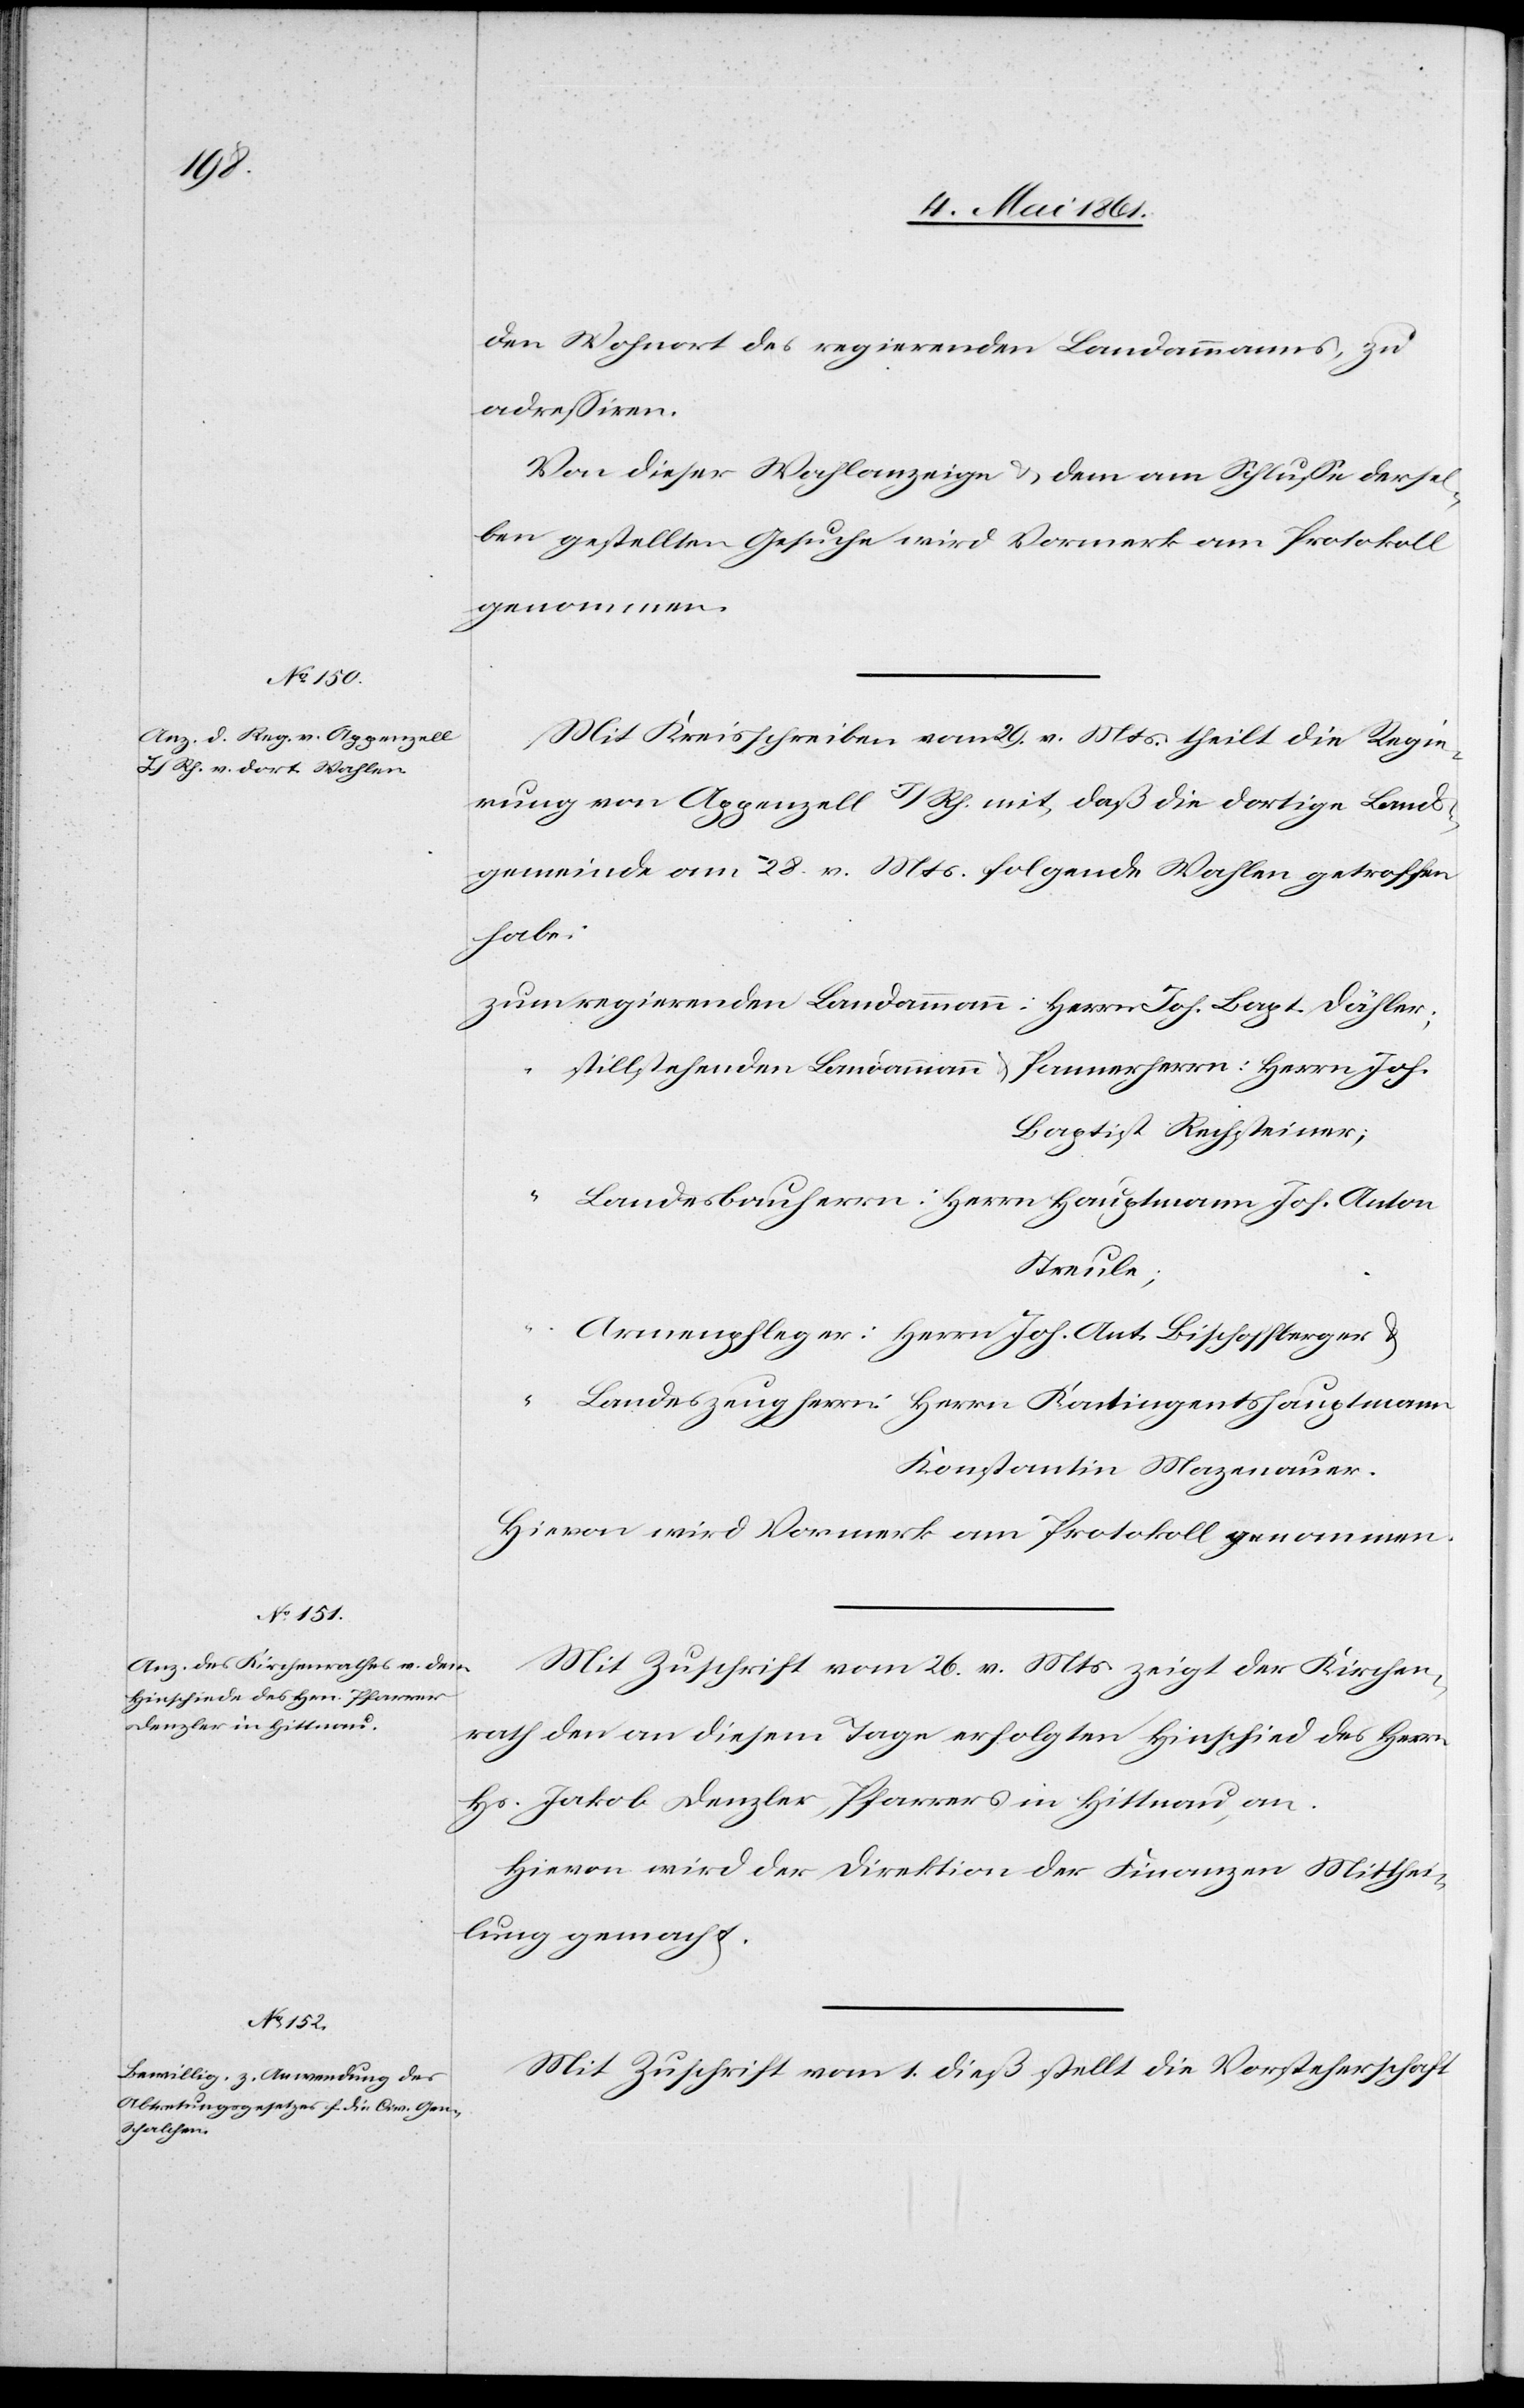
Regie¬

den Wohnort des regierenden Landammanns, zu
adressieren.
Von dieser Wahlanzeige u. der am Schlusse dersel¬
ben gestellten Gesuche wird Vormerk am Protokoll
genommen.
rung von Appenzell I/RH. mit, daß die dortige Lands¬
gemeinde am 28. v. Mts. folgende Wahlen getroffen
habe:
regierenden Landammann: Herrn Joh. Bapt. Dähler;
stillstehenden Landammann u. Pannerherrn: Herrn Joh.
Baptist Rechsteiner;
“
Landesbauherrn: Herrn Hauptmann Jos. Anton
Streule;
29.
Armenpfleger: Herrn Joh. Ant. Bischoffberger u.
Landeszeugherrn: Herrn Kontingentshauptmann
Konstantin Mazenauer.
Hievon wird Vormerk am Protokoll genommen.
Mit Zuschrift vom 26. v. Mts. zeigt der Kirchen¬
rath den an diesem Tage erfolgten Hinschied des Hrn.
Hs. Jakob Denzler, Pfarrers in Hittnau, an.
Hievon wird der Direktion der Finanzen Mitthei¬
lung gemacht.
Mit Zuschrift vom 1. dieß stellt die Vorsteherschaft